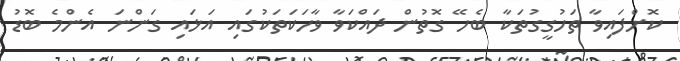
ކޮށްފައިވާ ތަހުގީގުތަކާ ބެހޭ ގޮތުން ދައްކަވާ ވާހަކަތަކުގައި އަޅައި ގަންނަ އެންމެ ބޮޑު